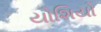
યોશિયો